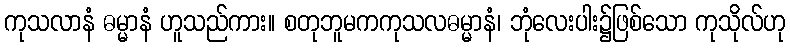
ကုသလာနံ ဓမ္မာနံ ဟူသည်ကား။ စတုဘူမကကုသလဓမ္မာနံ၊ ဘုံလေးပါး၌ဖြစ်သော ကုသိုလ်ဟု